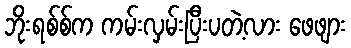
ဘိုးရစ်စ်က ကမ်းလှမ်းပြီးပတဲ့လား ဖေဖျား